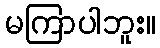
မကြာပါဘူး။